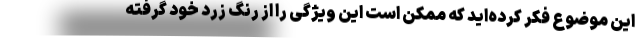
این موضوع فکر کرده‌اید که ممکن است این ویژگی را از رنگ زرد خود گرفته